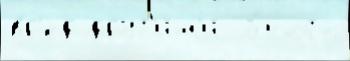
вр'ед друг'и́м'и  э́того